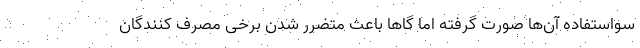
سواستفاده آن‌ها صورت گرفته اما گاها باعث متضرر شدن برخی مصرف کنندگان